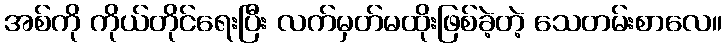
အစ်ကို ကိုယ်တိုင်ရေးပြီး လက်မှတ်မထိုးဖြစ်ခဲ့တဲ့ သေတမ်းစာလေ။